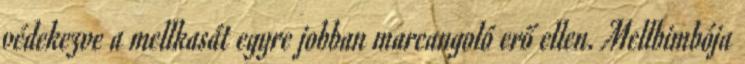
védekezve a mellkasát egyre jobban marcangoló erő ellen. Mellbimbója